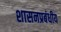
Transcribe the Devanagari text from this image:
शासनप्रबंधीय